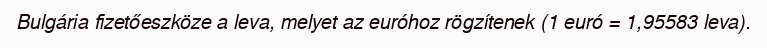
Bulgária fizetőeszköze a leva, melyet az euróhoz rögzítenek (1 euró = 1,95583 leva).